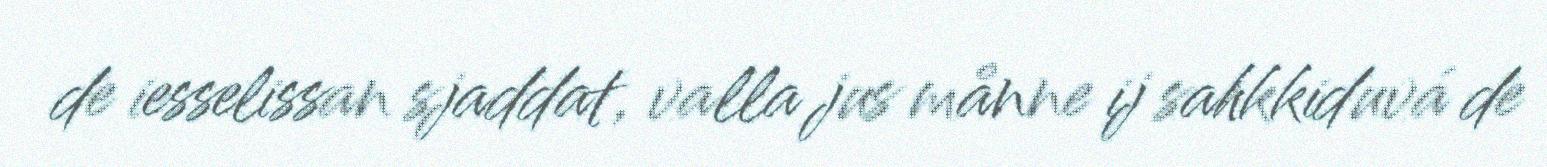
de iesselissan sjaddat, valla jus månne ij sahkkiduvá de